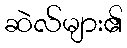
ဆဲလ်များ၏